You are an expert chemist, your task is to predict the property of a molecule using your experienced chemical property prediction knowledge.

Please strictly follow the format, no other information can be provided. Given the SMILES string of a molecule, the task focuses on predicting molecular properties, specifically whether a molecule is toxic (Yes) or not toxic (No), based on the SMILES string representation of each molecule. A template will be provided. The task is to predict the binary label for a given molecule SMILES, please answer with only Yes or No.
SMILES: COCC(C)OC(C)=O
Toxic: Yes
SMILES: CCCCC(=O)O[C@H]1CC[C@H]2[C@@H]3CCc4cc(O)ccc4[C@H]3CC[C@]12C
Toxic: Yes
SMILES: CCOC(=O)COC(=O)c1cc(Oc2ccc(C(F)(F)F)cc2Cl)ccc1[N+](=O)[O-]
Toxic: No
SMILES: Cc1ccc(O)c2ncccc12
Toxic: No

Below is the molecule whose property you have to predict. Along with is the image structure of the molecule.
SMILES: O=C(O)Cc1cc(I)c(Oc2cc(I)c(O)c(I)c2)c(I)c1
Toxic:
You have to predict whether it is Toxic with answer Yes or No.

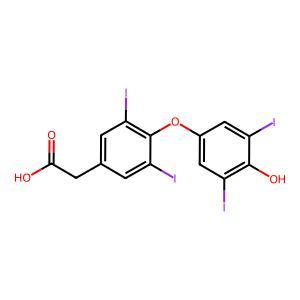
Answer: No